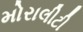
મોરાલીટી